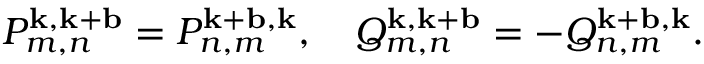
\begin{array} { r } { P _ { m , n } ^ { \mathbf { k } , \mathbf { k } + \mathbf { b } } = P _ { n , m } ^ { \mathbf { k } + \mathbf { b } , \mathbf { k } } , \quad Q _ { m , n } ^ { \mathbf { k } , \mathbf { k } + \mathbf { b } } = - Q _ { n , m } ^ { \mathbf { k } + \mathbf { b } , \mathbf { k } } . } \end{array}